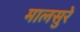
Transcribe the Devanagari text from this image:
मालसुरे